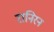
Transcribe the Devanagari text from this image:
रानिरन